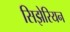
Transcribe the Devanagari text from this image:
सिझेरियन